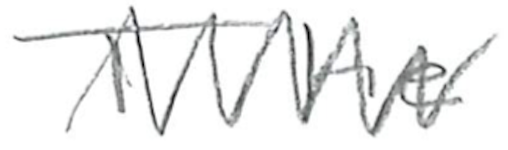
Text: The
Cross-out: zig-zag
Writing tool: pencil